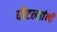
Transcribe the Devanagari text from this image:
बीटल्सांनी